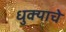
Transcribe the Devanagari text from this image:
धुक्याचे